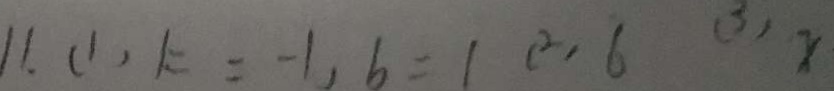
1 1 . ( 1 ) k = - 1 , b = 1 c ^ { 2 } , 6 ( 3 ) x